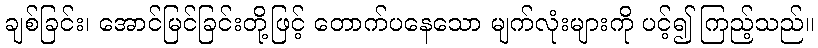
ချစ်ခြင်း၊ အောင်မြင်ခြင်းတို့ဖြင့် တောက်ပနေသော မျက်လုံးများကို ပင့်၍ ကြည့်သည်။